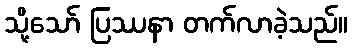
သို့သော် ပြဿနာ တက်လာခဲ့သည်။